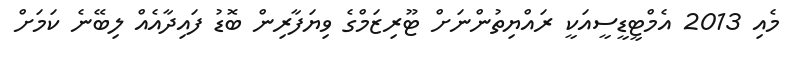
މެއި 2013 އެމްޓީޑީސީއަކީ ރައްޔިތުންނަށް ޓޫރިޒަމްގެ ވިޔަފާރިން ބޮޑު ފައިދާއެއް ލިބޭނެ ކަމަށް